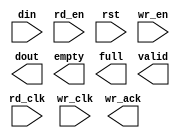
module ntf(
	din,
	rd_clk,
	rd_en,
	rst,
	wr_clk,
	wr_en,
	dout,
	empty,
	full,
	valid,
	wr_ack);


input [63 : 0] din;
input rd_clk;
input rd_en;
input rst;
input wr_clk;
input wr_en;
output [63 : 0] dout;
output empty;
output full;
output valid;
output wr_ack;

// synthesis translate_off

      FIFO_GENERATOR_V4_4 #(
		.C_COMMON_CLOCK(0),
		.C_COUNT_TYPE(0),
		.C_DATA_COUNT_WIDTH(10),
		.C_DEFAULT_VALUE("BlankString"),
		.C_DIN_WIDTH(64),
		.C_DOUT_RST_VAL("0"),
		.C_DOUT_WIDTH(64),
		.C_ENABLE_RLOCS(0),
		.C_FAMILY("virtex2"),
		.C_FULL_FLAGS_RST_VAL(1),
		.C_HAS_ALMOST_EMPTY(0),
		.C_HAS_ALMOST_FULL(0),
		.C_HAS_BACKUP(0),
		.C_HAS_DATA_COUNT(0),
		.C_HAS_INT_CLK(0),
		.C_HAS_MEMINIT_FILE(0),
		.C_HAS_OVERFLOW(0),
		.C_HAS_RD_DATA_COUNT(0),
		.C_HAS_RD_RST(0),
		.C_HAS_RST(1),
		.C_HAS_SRST(0),
		.C_HAS_UNDERFLOW(0),
		.C_HAS_VALID(1),
		.C_HAS_WR_ACK(1),
		.C_HAS_WR_DATA_COUNT(0),
		.C_HAS_WR_RST(0),
		.C_IMPLEMENTATION_TYPE(2),
		.C_INIT_WR_PNTR_VAL(0),
		.C_MEMORY_TYPE(1),
		.C_MIF_FILE_NAME("BlankString"),
		.C_MSGON_VAL(1),
		.C_OPTIMIZATION_MODE(0),
		.C_OVERFLOW_LOW(0),
		.C_PRELOAD_LATENCY(1),
		.C_PRELOAD_REGS(0),
		.C_PRIM_FIFO_TYPE("1kx36"),
		.C_PROG_EMPTY_THRESH_ASSERT_VAL(2),
		.C_PROG_EMPTY_THRESH_NEGATE_VAL(3),
		.C_PROG_EMPTY_TYPE(0),
		.C_PROG_FULL_THRESH_ASSERT_VAL(1021),
		.C_PROG_FULL_THRESH_NEGATE_VAL(1020),
		.C_PROG_FULL_TYPE(0),
		.C_RD_DATA_COUNT_WIDTH(10),
		.C_RD_DEPTH(1024),
		.C_RD_FREQ(1),
		.C_RD_PNTR_WIDTH(10),
		.C_UNDERFLOW_LOW(0),
		.C_USE_DOUT_RST(1),
		.C_USE_ECC(0),
		.C_USE_EMBEDDED_REG(0),
		.C_USE_FIFO16_FLAGS(0),
		.C_USE_FWFT_DATA_COUNT(0),
		.C_VALID_LOW(0),
		.C_WR_ACK_LOW(0),
		.C_WR_DATA_COUNT_WIDTH(10),
		.C_WR_DEPTH(1024),
		.C_WR_FREQ(1),
		.C_WR_PNTR_WIDTH(10),
		.C_WR_RESPONSE_LATENCY(1))
	inst (
		.DIN(din),
		.RD_CLK(rd_clk),
		.RD_EN(rd_en),
		.RST(rst),
		.WR_CLK(wr_clk),
		.WR_EN(wr_en),
		.DOUT(dout),
		.EMPTY(empty),
		.FULL(full),
		.VALID(valid),
		.WR_ACK(wr_ack),
		.CLK(),
		.INT_CLK(),
		.BACKUP(),
		.BACKUP_MARKER(),
		.PROG_EMPTY_THRESH(),
		.PROG_EMPTY_THRESH_ASSERT(),
		.PROG_EMPTY_THRESH_NEGATE(),
		.PROG_FULL_THRESH(),
		.PROG_FULL_THRESH_ASSERT(),
		.PROG_FULL_THRESH_NEGATE(),
		.RD_RST(),
		.SRST(),
		.WR_RST(),
		.ALMOST_EMPTY(),
		.ALMOST_FULL(),
		.DATA_COUNT(),
		.OVERFLOW(),
		.PROG_EMPTY(),
		.PROG_FULL(),
		.RD_DATA_COUNT(),
		.UNDERFLOW(),
		.WR_DATA_COUNT(),
		.SBITERR(),
		.DBITERR());


// synthesis translate_on

// XST black box declaration
// box_type "black_box"
// synthesis attribute box_type of ntf is "black_box"

endmodule